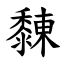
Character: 䵔